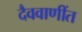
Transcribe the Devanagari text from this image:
दैववाणींत